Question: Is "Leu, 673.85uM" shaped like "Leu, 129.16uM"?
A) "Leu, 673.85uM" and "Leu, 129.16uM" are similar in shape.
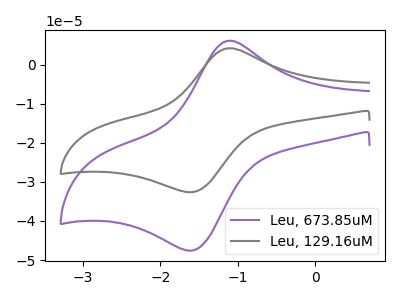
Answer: <think>The purple curve "Leu, 673.85uM" has an anodic peak at (-1.10V, 6.15uA) and a cathodic peak at (-1.55V, -47.50uA). The gray curve "Leu, 129.16uM" has an anodic peak at (-1.10V, 4.20uA) and a cathodic peak at (-1.55V, -32.55uA).
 All the peaks in "Leu, 673.85uM" have a peak in "Leu, 129.16uM" at the same potential. Every peak in "Leu, 673.85uM" is higher than every peak in "Leu, 129.16uM".</think>
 <answer>A) "Leu, 673.85uM" and "Leu, 129.16uM" are similar in shape.</answer>
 <eval>A</eval>